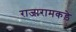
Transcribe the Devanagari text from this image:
राजारामकड़े